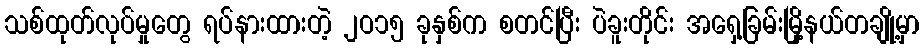
သစ်ထုတ်လုပ်မှုတွေ ရပ်နားထားတဲ့ ၂ဝ၁၅ ခုနှစ်က စတင်ပြီး ပဲခူးတိုင်း အရှေ့ခြမ်းမြို့နယ်တချို့မှာ